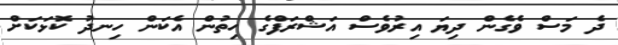
ދެ މަސް ވެގެން ދިޔަ އިރުވެސް އަޝްރަފްގެ ހިތުން އެކަން ހިނދު ކޮޅަކަށް